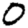
Digit: 0